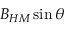
B _ { H M } \sin \theta